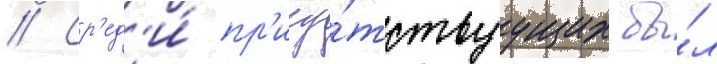
// Ср'ед'и́ пр'ису́тствуущих бы́л